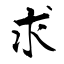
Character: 求